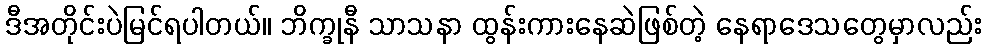
ဒီအတိုင်းပဲမြင်ရပါတယ်။ ဘိက္ခုနီ သာသနာ ထွန်းကားနေဆဲဖြစ်တဲ့ နေရာဒေသတွေမှာလည်း